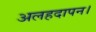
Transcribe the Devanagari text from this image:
अलहदापन।